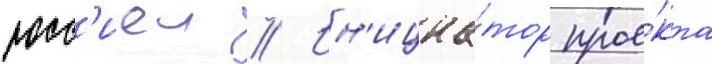
росс'иеи // Ин'ициа́тор прое́кта